Annual administration report of the Civil Veterinary Department of India - 1894-1895
Year: 1894
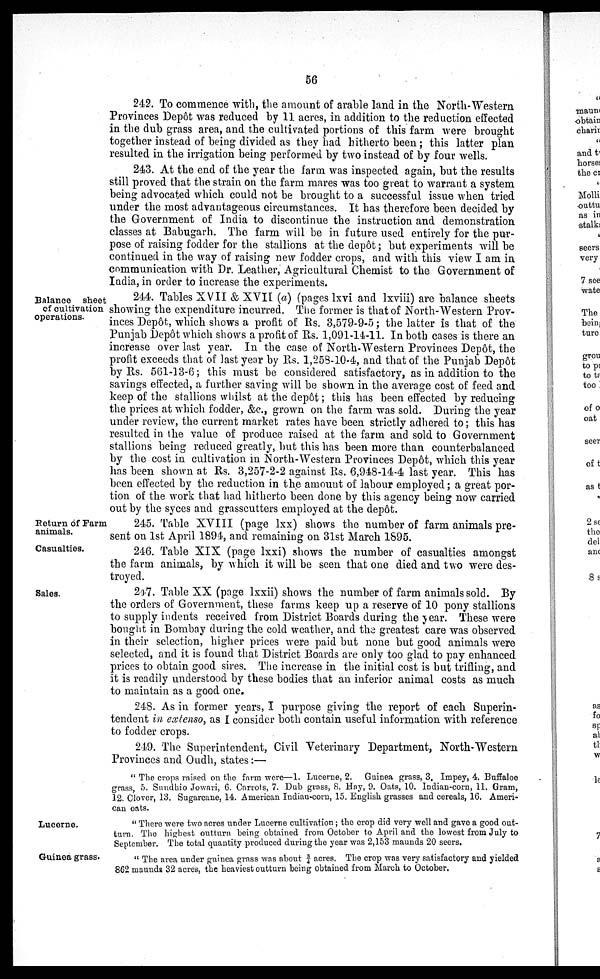
56
242. To commence with, the amount of arable land in the North-Western
Provinces Depôt was reduced by 11 acres, in addition to the reduction effected
in the dub grass area, and the cultivated portions of this farm were brought
together instead of being divided as they had hitherto been; this latter plan
resulted in the irrigation being performed by two instead of by four wells.
243. At the end of the year the farm was inspected again, but the results
still proved that the strain on the farm mares was too great to warrant a system
being advocated which could not be brought to a successful issue when tried
under the most advantageous circumstances. It has therefore been decided by
the Government of India to discontinue the instruction and demonstration
classes at Babugarh. The farm will be in future used entirely for the pur-
pose of raising fodder for the stallions at the depôt; but experiments will be
continued in the way of raising new fodder crops, and with this view I am in
communication with Dr. Leather, Agricultural Chemist to the Government of
India, in order to increase the experiments.
Balance sheet
of cultivation
operations.
244. Tables XVII & XVII (a) (pages lxvi and lxviii) are balance sheets
showing the expenditure incurred. The former is that of North-Western Prov-
inces Depôt, which shows a profit of Rs. 3,579-9-5; the latter is that of the
Punjab Depôt which shows a profit of Rs. 1,091-14-11. In both cases is there an
increase over last year. In the case of North-Western Provinces Depôt, the
profit exceeds that of last year by Rs. 1,258-10-4, and that of the Punjab Depôt
by Rs. 561-13-6; this must be considered satisfactory, as in addition to the
savings effected, a further saving will be shown in the average cost of feed and
keep of the stallions whilst at the depôt; this has been effected by reducing
the prices at which fodder, &c., grown on the farm was sold. During the year
under review, the current market rates have been strictly adhered to; this has
resulted in the value of produce raised at the farm and sold to Government
stallions being reduced greatly, but this has been more than counterbalanced
by the cost in cultivation in North-Western Provinces Depôt, which this year
has been shown at Rs. 3,257-2-2 against Rs. 6,948-14-4 last year. This has
been effected by the reduction in the amount of labour employed; a great por-
tion of the work that had hitherto been done by this agency being now carried
out by the syces and grasscutters employed at the depôt.
Return of Farm
animals.
245. Table XVIII (page lxx) shows the number of farm animals pre-
sent on 1st April 1894, and remaining on 31st March 1895.
Casualties.
246. Table XIX (page lxxi) shows the number of casualties amongst
the farm animals, by which it will be seen that one died and two were des-
troyed.
Sales.
247. Table XX (page lxxii) shows the number of farm animals sold. By
the orders of Government, these farms keep up a reserve of 10 pony stallions
to supply indents received from District Boards during the year. These were
bought in Bombay during the cold weather, and the greatest care was observed
in their selection, higher prices were paid but none but good animals were
selected, and it is found that District Boards are only too glad to pay enhanced
prices to obtain good sires. The increase in the initial cost is but trifling, and
it is readily understood by these bodies that an inferior animal costs as much
to maintain as a good one.
248. As in former years, I purpose giving the report of each Superin-
tendent in extenso, as I consider both contain useful information with reference
to fodder crops.
249. The Superintendent, Civil Veterinary Department, North-Western
Provinces and Oudh, states:—
" The crops raised on the farm were—1. Lucerne, 2. Guinea grass, 3. Impey, 4. Buffaloe
grass, 5. Sundhio Jowari, 6. Carrots, 7. Dub grass, 8. Hay, 9. Oats, 10. Indian-corn, 11. Gram,
12. Clover, 13. Sugarcane, 14. American Indian-corn, 15. English grasses and cereals, 16. Ameri-
can oats.
Lucerne.
" There were two acres under Lucerne cultivation; the crop did very well and gave a good out-
turn. The highest outturn being obtained from October to April and the lowest from July to
September. The total quantity produced during the year was 2,153 maunds 20 seers.
Guinea grass.
" The area under guinea grass was about ¾ acres. The crop was very satisfactory and yielded
862 maunds 32 acres, the heaviest outturn being obtained from March to October.